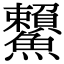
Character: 𩽓